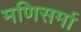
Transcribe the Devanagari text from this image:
मणिसर्मा